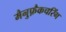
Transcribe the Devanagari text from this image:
मैनुफ़ैकचरिंग